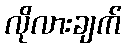
လိုလားချက်